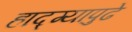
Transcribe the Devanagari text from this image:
हाद्ग्यापुढे